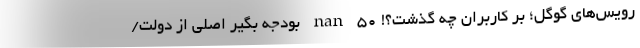
رویس‌های گوگل؛ ‌بر کاربران چه گذشت؟! nan ۵۰ بودجه بگیر اصلی از دولت/